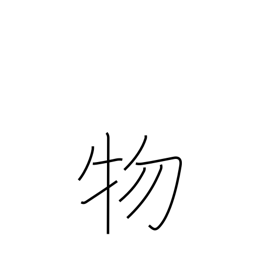
Meaning: matter